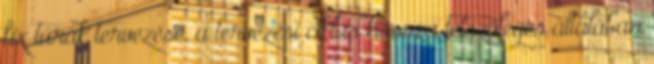
fix túrák tervezése, a tervezési ciklus hossza tetszőleges általában